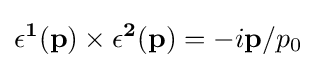
\mathbf {\epsilon ^{1}} (\mathbf {p} )\times \mathbf {\epsilon ^{2}} (\mathbf {p} )=-i\mathbf {p} /p_{0}